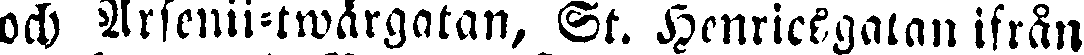
och Arsenii-twärgatan, St. Henricsgatan ifrån